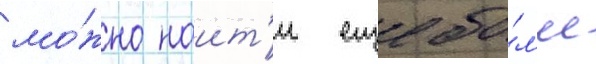
мо́жно наит'и еще бо́л'ее